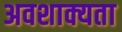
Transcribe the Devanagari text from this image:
अवशाक्यता